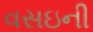
વસઇની